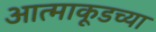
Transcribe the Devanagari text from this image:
आत्माकूडच्या